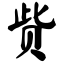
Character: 赀